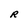
Character: R